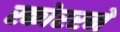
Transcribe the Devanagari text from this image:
स्कोररने